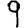
Digit: 9